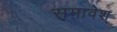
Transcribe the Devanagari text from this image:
समावेश्